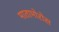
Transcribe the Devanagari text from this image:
मातामोरोस